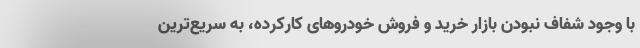
با وجود شفاف نبودن بازار خرید و فروش خودروهای کارکرده، به سریع‌ترین